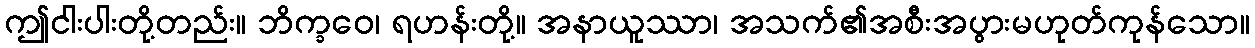
ဤငါးပါးတို့တည်း။ ဘိက္ခဝေ၊ ရဟန်းတို့။ အနာယူဿာ၊ အသက်၏အစီးအပွားမဟုတ်ကုန်သော။